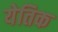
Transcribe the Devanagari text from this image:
येतिक